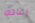
إعادة